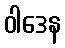
ဝါဒေန